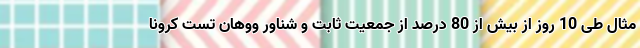
مثال طی 10 روز از بیش از 80 درصد از جمعیت ثابت و شناور ووهان تست کرونا